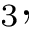
_ { 3 } ,